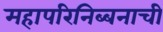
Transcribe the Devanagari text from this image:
महापरिनिब्बनाची